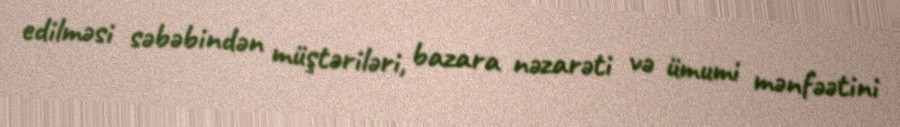
edilməsi səbəbindən müştəriləri, bazara nəzarəti və ümumi mənfəətini